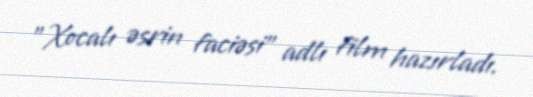
"Xocalı əsrin faciəsi" adlı film hazırladı.